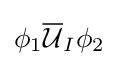
\phi _{1}{\overline {\mathcal {U}}}_{I}\phi _{2}